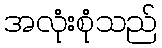
အလုံးစုံသည်